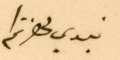
نبدي لحضرتكم